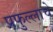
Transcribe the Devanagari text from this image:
प्रफुल्लाचे